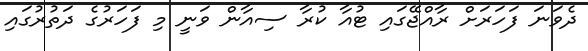
ދެވަނަ ފަހަރަށް ރާއްޖޭގައި ޓުއާ ކުރާ ސިއާން ވަނީ މި ފަހަރުގެ ދަތުރުގައި